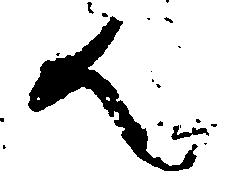
ん